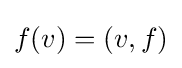
f(v)=(v,f)